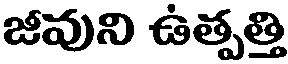
జీవుని ఉత్పత్తి